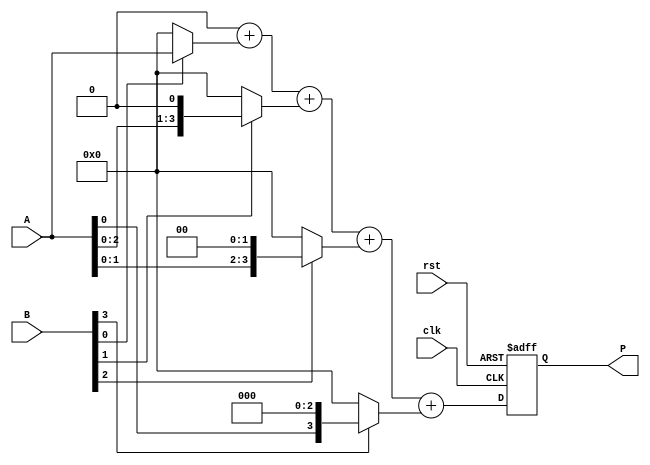
module vedic_multiplier #(parameter N = 4) (
    input  wire [N-1:0] A,
    input  wire [N-1:0] B,
    input  wire clk,
    input  wire rst,
    output reg [2*N-1:0] P
);

// Internal signals
reg [N-1:0] partial_products [0:N-1];
reg [2*N-1:0] sum;
integer i, j;

// Generate partial products
always @(posedge clk or posedge rst) begin
    if (rst) begin
        P <= 0;
    end else begin
        // Initialize partial products
        for (i = 0; i < N; i = i + 1) begin
            partial_products[i] = (B[i] ? (A << i) : 0);
        end
        
        // Crosswise addition of partial products
        sum = 0;
        for (j = 0; j < N; j = j + 1) begin
            sum = sum + partial_products[j];
        end
        
        // Assign sum to product output
        P <= sum;
    end
end

endmodule